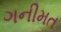
ગનીમત